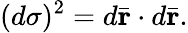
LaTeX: (d\sigma)^{2}=d\bar{\mathbf r}\cdot d\bar{\mathbf r}.